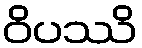
ဝိပဿိ